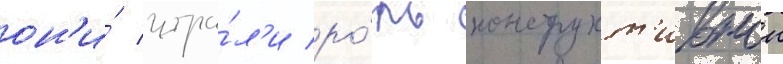
он'и́ игра́л'и ро́ль конструкт'ивнои